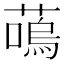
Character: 𫉩